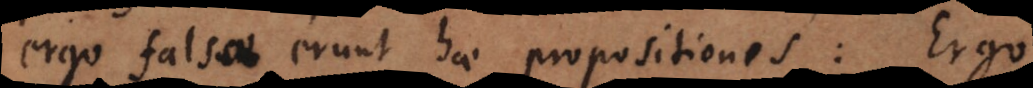
falsae erunt hae propositiones: Ergo